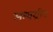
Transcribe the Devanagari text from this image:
अश्वग्रीव